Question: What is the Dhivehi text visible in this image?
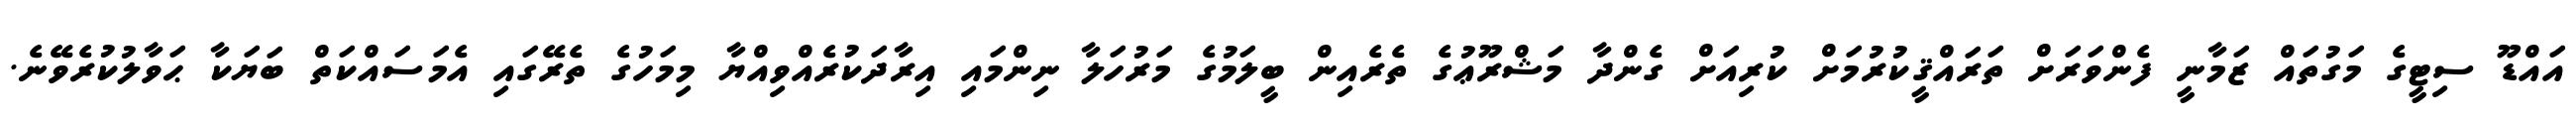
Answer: އައްޑޫ ސިޓީގެ މަގުތައް ޒަމާނީ ފެންވަރަށް ތަރައްޤީކުރުމަށް ކުރިއަށް ގެންދާ މަޝްރޫޢުގެ ތެރެއިން ބީލަމުގެ މަރުހަލާ ނިންމައި އިރާދަކުރެއްވިއްޔާ މިމަހުގެ ތެރޭގައި އެމަސައްކަތް ބަޔަކާ ޙަވާލުކުރެވޭނެ.